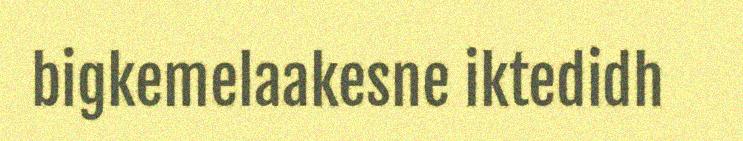
bigkemelaakesne iktedidh